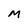
Character: M